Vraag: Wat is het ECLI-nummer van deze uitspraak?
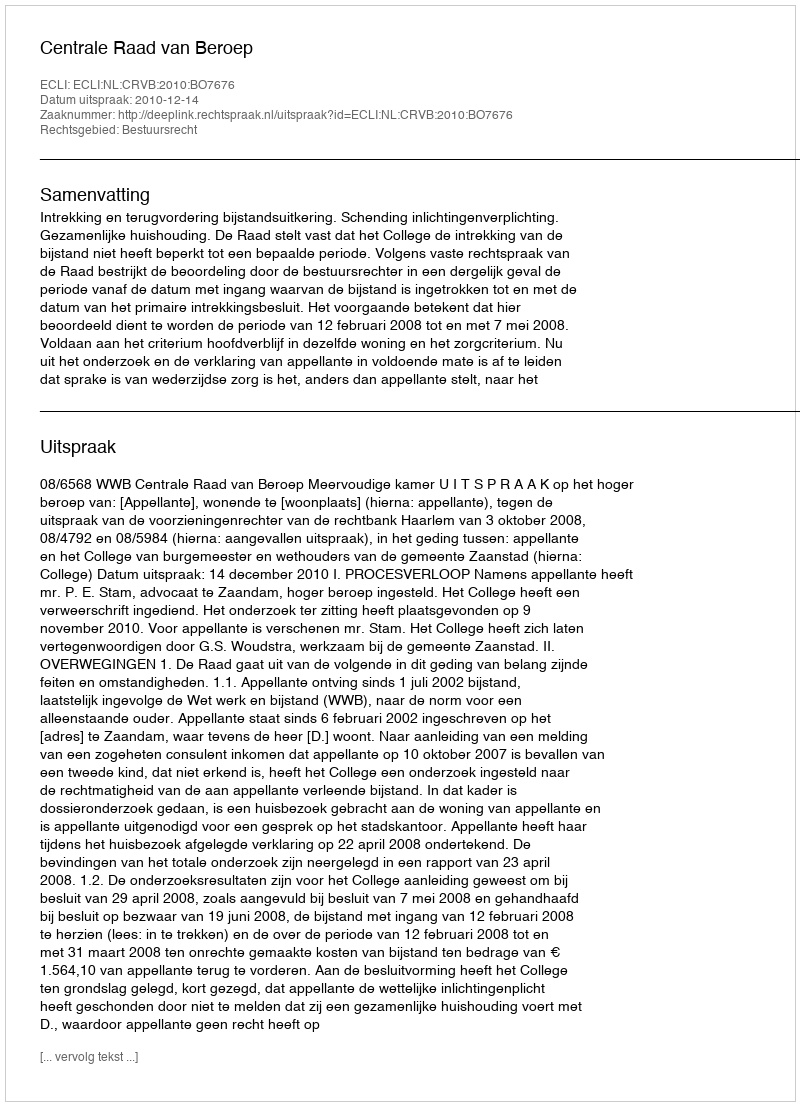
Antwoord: ECLI:NL:CRVB:2010:BO7676